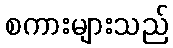
စကားများသည်